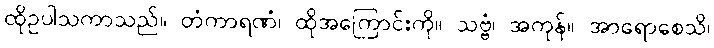
ထိုဥပါသကာသည်။ တံကာရဏံ၊ ထိုအကြောင်းကို။ သဗ္ဗံ၊ အကုန်။ အာရောစေသိ၊